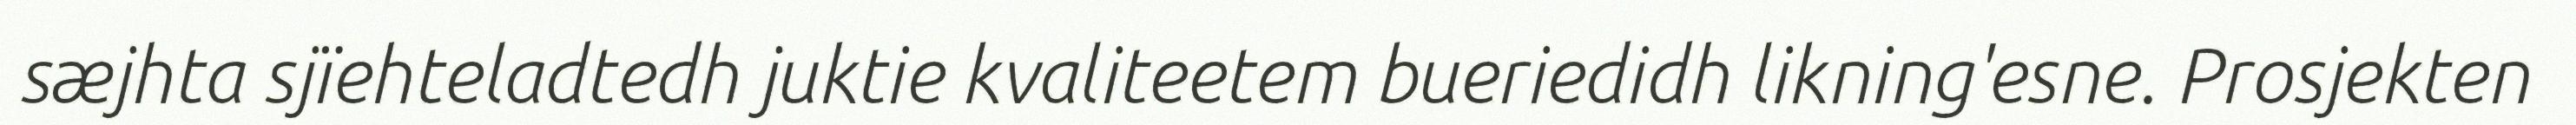
sæjhta sjïehteladtedh juktie kvaliteetem bueriedidh likning'esne. Prosjekten